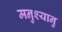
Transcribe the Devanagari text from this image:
मनुश्‍यानु